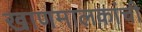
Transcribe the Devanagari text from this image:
खाणमालकांची